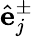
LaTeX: \hat{\mathbf{e}}_{j}^{\pm}